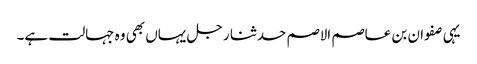
یہی صفوان بن عاصم الاصم حدثنا رجل یہاں بھی وہ جہالت ہے۔